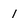
Character: 1